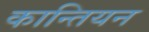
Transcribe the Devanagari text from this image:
कान्तियन